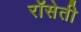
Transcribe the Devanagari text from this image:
रॉसेती